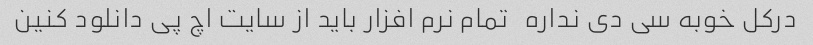
درکل خوبه سی دی نداره   تمام نرم افزار باید از سایت اچ پی دانلود کنین